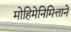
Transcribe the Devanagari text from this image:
मोहिमेनिमित्ताने